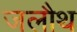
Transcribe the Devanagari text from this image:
जलौथ